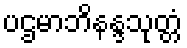
ပဌမာဘိနန္ဒသုတ္တံ